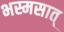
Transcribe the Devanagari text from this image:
भस्मसात्‌